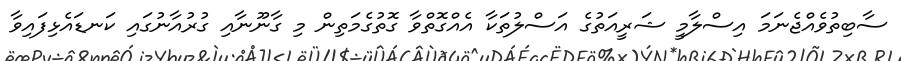
ސާބިތުވެއްޖެނަމަ އިސްލާމީ ޝަރީއަތުގެ އަސްލުތަކާ އެއްގޮތްވާ ގޮތުގެމަތިން މި ގާނޫނާއި ގުރުއާނުގައި ކަނޑައެޅިފައިވާ